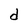
Character: d